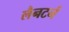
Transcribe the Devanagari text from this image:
लैनटर्न